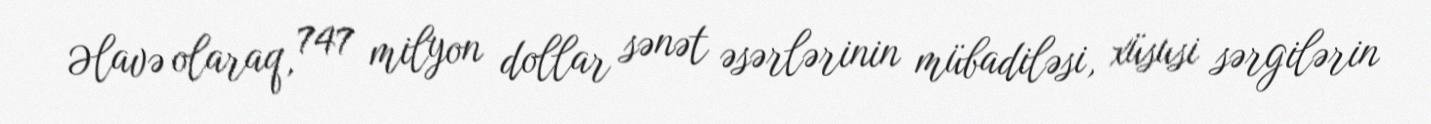
Əlavə olaraq, 747 milyon dollar sənət əsərlərinin mübadiləsi, xüsusi sərgilərin